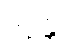
ဇဂ္ဂန္တိ